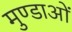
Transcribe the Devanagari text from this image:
मुण्डाओं